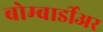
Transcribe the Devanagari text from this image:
बोम्बार्डीअर